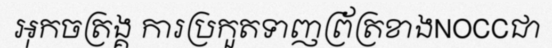
អុកចត្រង្គ ការប្រកួតទាញព្រ័ត្រខាងNOCCជា